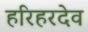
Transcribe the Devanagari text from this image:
हरिहरदेव